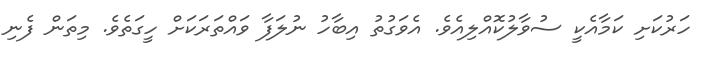
ހަރުކަށި ކަމާއެކީ ސުވާލުކޮއްލިއެވެ. އެވަގުތު އިބާހު ނުލަފާ ވައްތަރަކަށް ހީގަތެވެ. މިތަން ފެނި